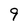
Character: 9